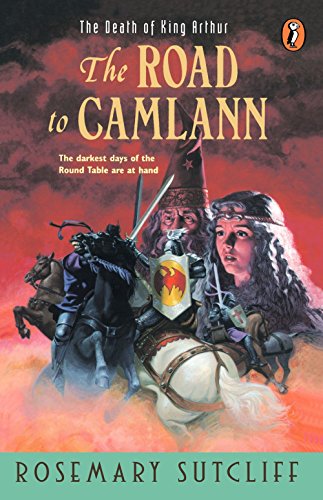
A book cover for Road to Camlann: The Death of King Arthur; Rosemary Sutcliff; Children's Books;